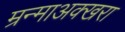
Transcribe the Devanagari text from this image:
म्रन्माअक्खरा